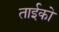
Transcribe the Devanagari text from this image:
ताईको